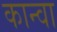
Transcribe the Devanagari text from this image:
कान्वा